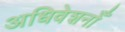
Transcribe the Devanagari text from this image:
अधिवेशनोँ